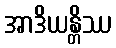
အာဒိယန္တိဿ